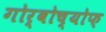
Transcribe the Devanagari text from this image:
गोर्बोच्योफ़